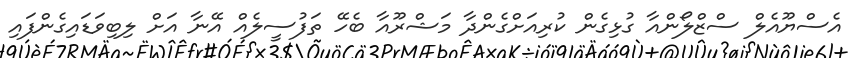
އެސްޔޫއެލް ސްޒްލޯންއާ ގުޅިގެން ކުރިއަށްގެންދާ މަޝްރޫއާ ބެހޭ ތަފުސީލެއް އޭނާ އަށް ލިބިވަޑައިގެންފައި